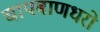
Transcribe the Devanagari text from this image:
चापबाणधरो